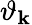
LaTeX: \vartheta_{\mathbf{k}}